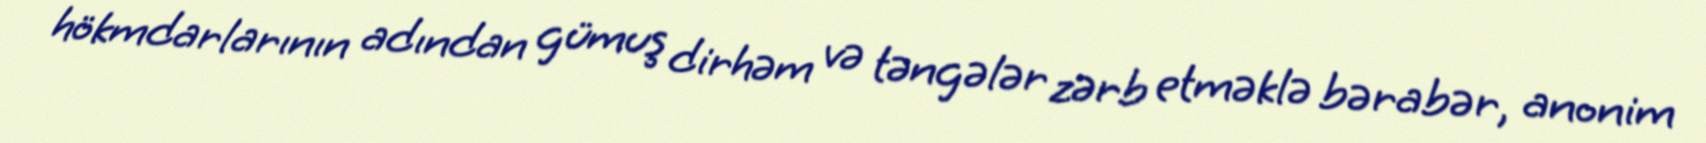
hökmdarlarının adından gümuş dirhəm və təngələr zərb etməklə bərabər, anonim